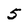
Character: 5